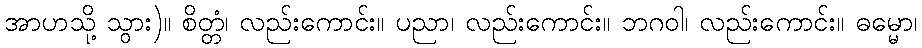
အာဟသို့ သွား)။ စိတ္တံ၊ လည်းကောင်း။ ပညာ၊ လည်းကောင်း။ ဘဂဝါ၊ လည်းကောင်း။ ဓမ္မော၊